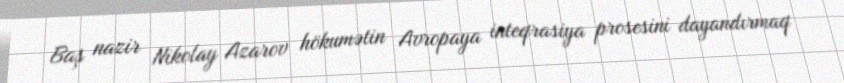
Baş nazir Nikolay Azarov hökumətin Avropaya inteqrasiya prosesini dayandırmaq